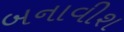
બનાવીશ